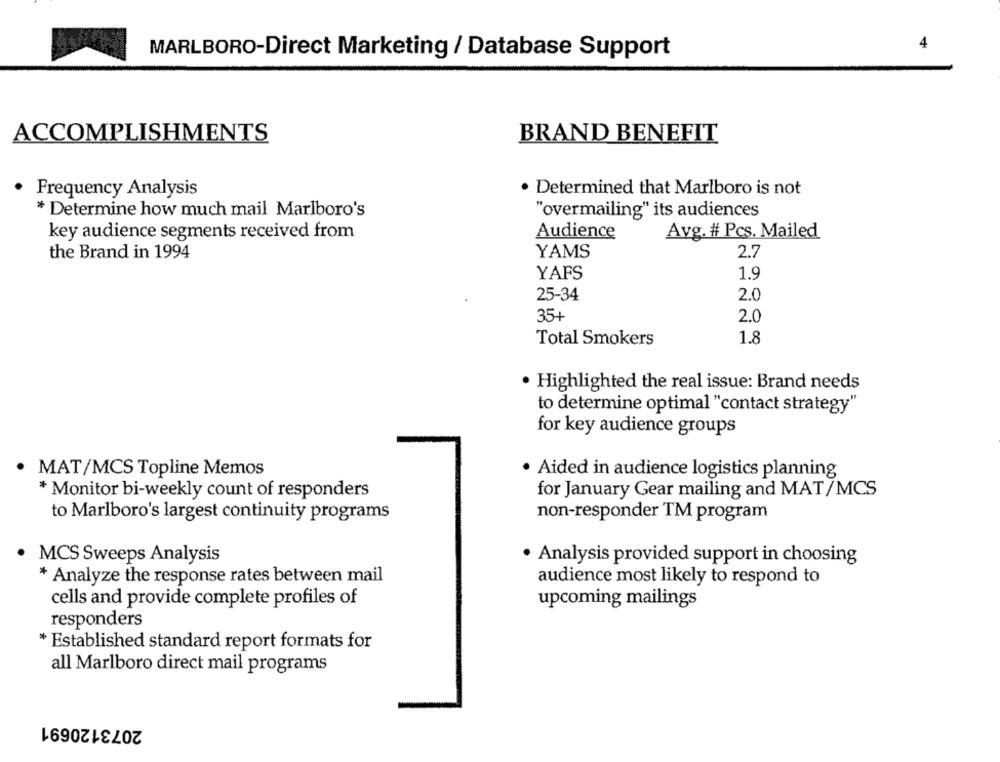
MARLBORO-Direct Marketing / Database Support
BRAND BENEFIT
ACCOMPLISHMENTS
. Determined that Marlboro is not
Frequency Analysis
* Determine how much mail Marlboro's
"overmailing" its audiences
key audience segments received from
Audience
Avg. # Pcs. Mailed
the Brand in 1994
YAMS
2.7
YAFS
1.9
25-34
2.0
35+
2.0
Total Smokers
1.8
· Highlighted the real issue: Brand needs
to determine optimal "contact strategy"
for key audience groups
MAT/MCS Topline Memos
Aided in audience logistics planning
* Monitor bi-weekly count of responders
for January Gear mailing and MAT/MCS
to Marlboro's largest continuity programs
non-responder TM program
MCS Sweeps Analysis
· Analysis provided support in choosing
* Analyze the response rates between mail
audience most likely to respond to
cells and provide complete profiles of
upcoming mailings
responders
* Established standard report formats for
all Marlboro direct mail programs
2073120691